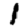
Digit: 1